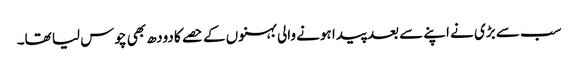
سب سے بڑی نے اپنے سے بعد پیدا ہونے والی بہنوں کے حصے کا دودھ بھی چوس لیا تھا۔